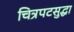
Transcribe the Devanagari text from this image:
चित्रपटसुद्धा